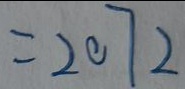
= 2 0 7 2